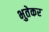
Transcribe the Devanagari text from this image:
भुतेकर